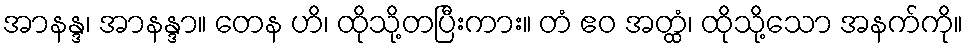
အာနန္ဒ၊ အာနန္ဒာ။ တေန ဟိ၊ ထိုသို့တပြီးကား။ တံ ဧဝ အတ္ထံ၊ ထိုသို့သော အနက်ကို။